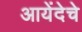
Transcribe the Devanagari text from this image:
आयेंदेचे